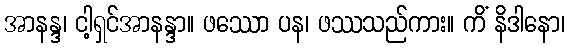
အာနန္ဒ၊ ငါ့ရှင်အာနန္ဒာ။ ဖဿော ပန၊ ဖဿသည်ကား။ ကိံ နိဒါနော၊